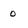
Character: 0